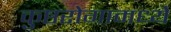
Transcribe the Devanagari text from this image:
कुष्ठरोगामध्ये